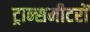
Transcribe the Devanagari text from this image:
ट्रान्समीटरों